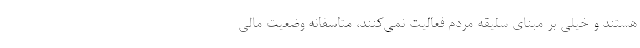
هستند و خیلی بر مبنای سلیقه مردم فعالیت نمی‌کنند، متاسفانه وضعیت مالی